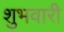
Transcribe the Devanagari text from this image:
शुभवारी